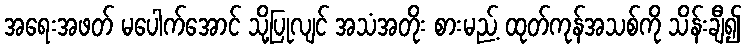
အရေးအဖတ် မပေါက်အောင် သို့ပြုလျင် အသံအတိုး စားမည့် ထုတ်ကုန်အသစ်ကို သိန်းချီ၍